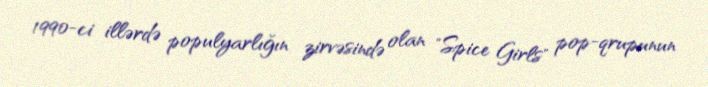
1990-ci illərdə populyarlığın zirvəsində olan "Spice Girls" pop-qrupunun